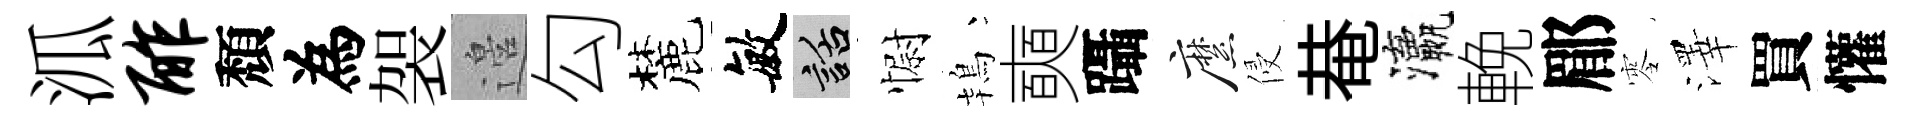
泒酢頽為袈邉勾麓敏話𢠢鴇奭躡縻侵𤲅瀛輓郿零澤買懽